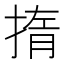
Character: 㨊